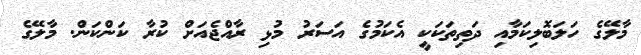
މާލޭގެ ހަލަބޮލިކަމާއި ދަތިތަކަކީ އެކަމުގެ އަސަރު މުޅި ރާއްޖެއަށް ކުރާ ކަންކަން. މާލޭގެ